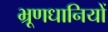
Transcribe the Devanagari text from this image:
भ्रूणधानियों